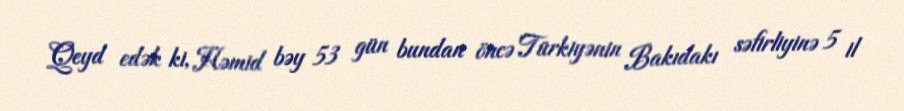
Qeyd edək ki, Həmid bəy 53 gün bundan öncə Türkiyənin Bakıdakı səfirliyinə 5 il